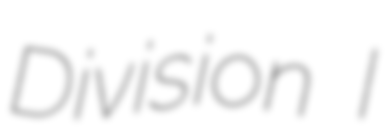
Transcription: Division I